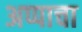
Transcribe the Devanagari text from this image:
अप्पाचा